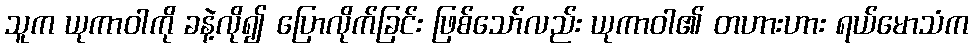
သူက ယုကာဝါကို ခနဲ့လို၍ ပြောလိုက်ခြင်း ဖြစ်သော်လည်း ယုကာဝါ၏ တဟားဟား ရယ်မောသံက